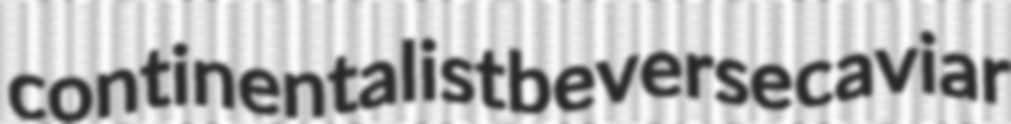
continentalist beverse caviar